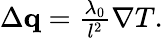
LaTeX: \begin{array}{r}{\Delta\mathbf q=\frac{\lambda_{0}}{l^{2}}\nabla T.}\end{array}